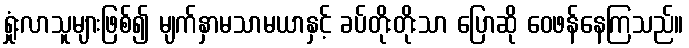
ရှုံးလာသူများဖြစ်၍ မျက်နှာမသာမယာနှင့် ခပ်တိုးတိုးသာ ပြောဆို ဝေဖန်နေကြသည်။